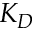
K _ { D }